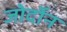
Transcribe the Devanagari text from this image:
जोर्दोन